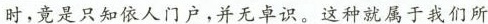
时，竟是只知依人门户，并无卓识。这种就属于我们所